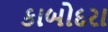
કાબોદરા